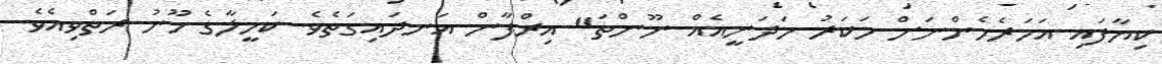
ކިޔާފައި އަހަރެމެންނަށް މަކަރު ހަދަނީއެއް ނޫންތަ" އިރްފާން އަނދައިގަތެވެ. ކަމީލާގެ މޫނު ރަތްވިއެވެ.